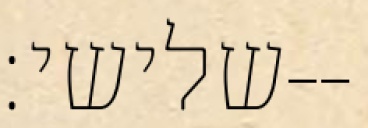
שלישי׃--